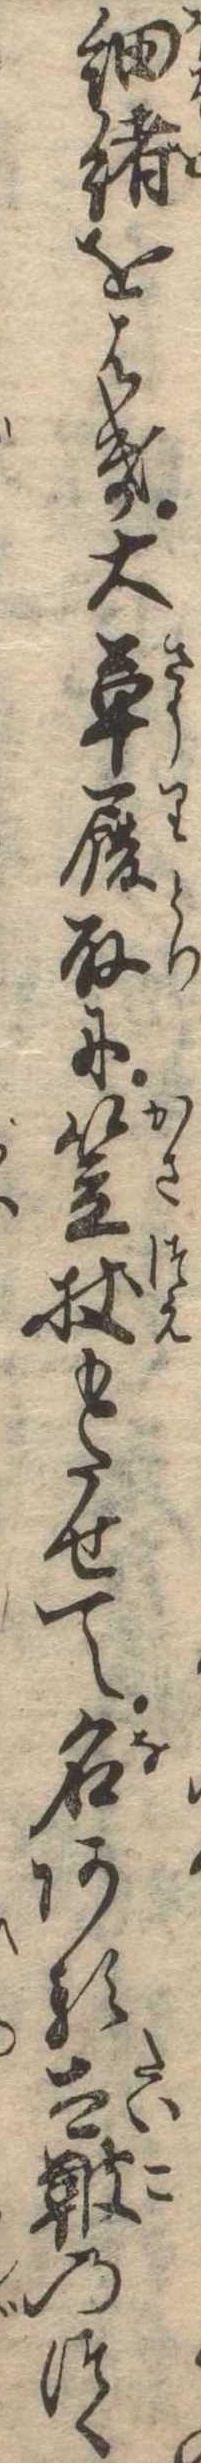
細緒をはき大草履取に笠杖もたせて名ある太鞁のつく